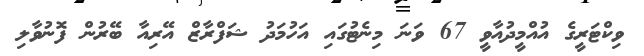
ވިކްޓަރީގެ އުއްމީދުއާވީ 67 ވަނަ މިނެޓުގައި އަހުމަދު ޝަފްރާޒް އޭރިއާ ބޭރުން ފޮނުވާލި